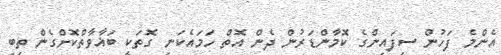
އެންމެ ފަހުން ސިފައިންގެ ކޮމާންޑަރުން ދެން އޮތް ހަމައެކަނި ގޮތަކީ ބަޣާވާތްކޮށްގެން ތިބި